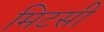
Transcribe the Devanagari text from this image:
मिटसी